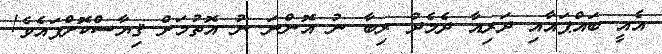
އެއީ ބައްޕައާއި ދަރިއާ ދެމެދު ރިބާ ނު އޮންނަ ނު އޮތުމަށް ޤިޔާސްކޮށްފައެވެ!